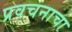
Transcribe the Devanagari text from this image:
प्रवचनाचा